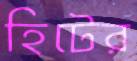
হিটের